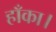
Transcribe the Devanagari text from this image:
हाँका।